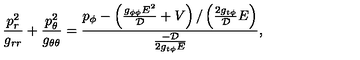
\frac { p _ { r } ^ { 2 } } { g _ { r r } } + \frac { p _ { \theta } ^ { 2 } } { g _ { \theta \theta } } = \frac { p _ { \phi } - \left( \frac { g _ { \phi \phi } E ^ { 2 } } { \cal D } + V \right) / \left( \frac { 2 g _ { t \phi } } { \cal D } E \right) } { \frac { - { \cal D } } { 2 g _ { t \phi } E } } ,